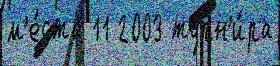
м'е́ста 11 2003 турн'и́ра